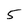
Character: 5